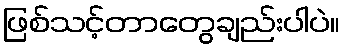
ဖြစ်သင့်တာတွေချည်းပါပဲ။